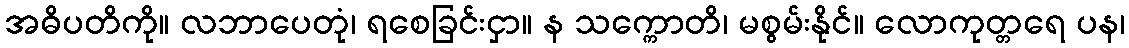
အဓိပတိကို။ လဘာပေတုံ၊ ရစေခြင်းငှာ။ န သက္ကောတိ၊ မစွမ်းနိုင်။ လောကုတ္တရေ ပန၊